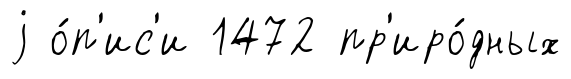
j о́п'ис'и 1472 пр'иро́дных